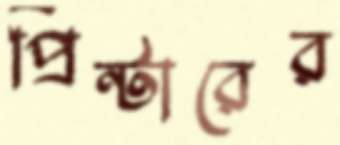
প্রিন্টারের